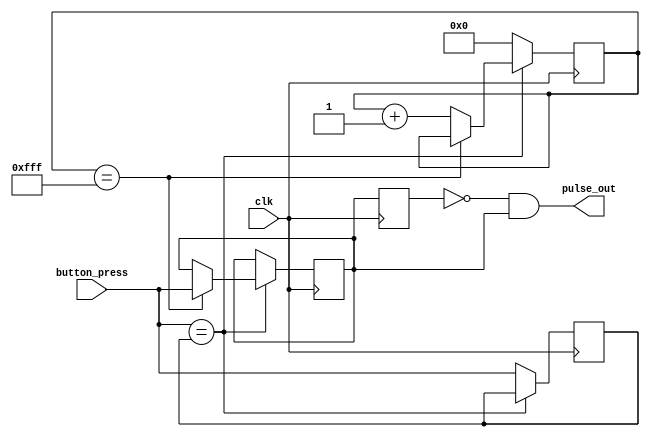
module debounce(
	input clk,
	input button_press,
	output pulse_out);

	reg [11:0] count;
	reg new_press;
	reg stable;
	reg now_stable;

	always @(posedge clk) begin
		if (button_press == new_press) begin
			if (count == 4095)
				stable <= button_press;
			else
				count <= count + 1;
		end
		
		else begin
			count <= 0;
			new_press <= button_press;
		end
   end


   always @(posedge clk) begin
         now_stable <= stable;
   end
 
   //Sends one shot pulse out if stable
   assign pulse_out = (now_stable == 0 & stable == 1);
   
endmodule